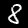
Digit: 8